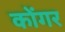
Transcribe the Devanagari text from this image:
कोंगर